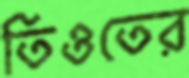
তিওতের